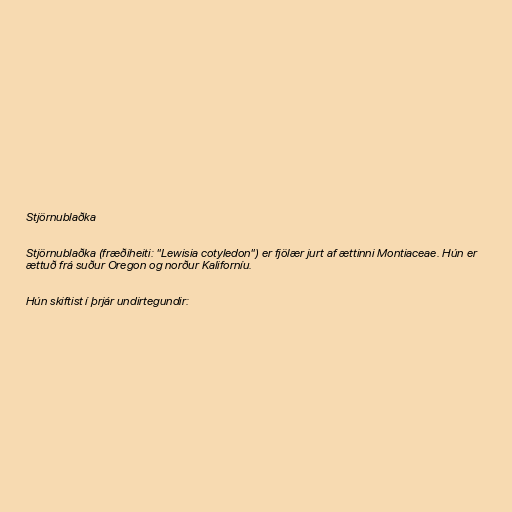
Stjörnublaðka

Stjörnublaðka (fræðiheiti: "Lewisia cotyledon") er fjölær jurt af ættinni Montiaceae. Hún er
ættuð frá suður Oregon og norður Kaliforníu.

Hún skiftist í þrjár undirtegundir: